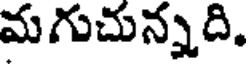
మగుచున్నది.